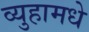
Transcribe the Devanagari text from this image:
व्युहामधे